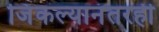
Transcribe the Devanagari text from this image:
जिंकल्यानंतरही